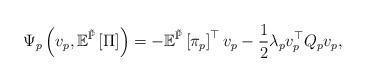
LaTeX: \begin{align*}\Psi_{p}\left(v_{p},\mathbb{E}^{\tilde{\mathbb{P}}}\left[\Pi\right]\right)=-\mathbb{E}^{\tilde{\mathbb{P}}}\left[\pi_{p}\right]^{\top}v_{p}-\frac{1}{2}\lambda_{p}v_{p}^{\top}Q_{p}v_{p},\end{align*}